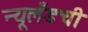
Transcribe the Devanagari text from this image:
न्यूलँडची